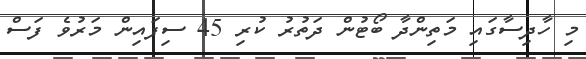
މި ހާދިސާގައި މަތިންދާ ބޯޓުން ދަތުރު ކުރި 45 ސިފައިން މަރުވެ ފަސް